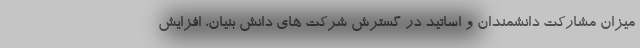
میزان مشارکت دانشمندان و اساتید در گسترش شرکت های دانش بنیان، افزایش